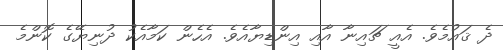
ދެ ޤައުމެވެ. އެއީ ޗައިނާ އާއި އިންޑިޔާއެވެ. އެހެން ކަމާއެކު ދުނިޔޭގެ ކޮންމެ